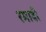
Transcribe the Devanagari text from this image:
रमादी